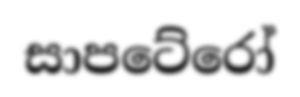
සාපටේරෝ